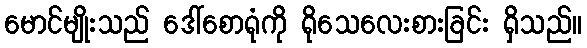
မောင်မျိုးသည် ဒေါ်စောရုံကို ရိုသေလေးစားခြင်း ရှိသည်။